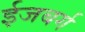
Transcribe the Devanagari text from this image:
ईजबर्ग